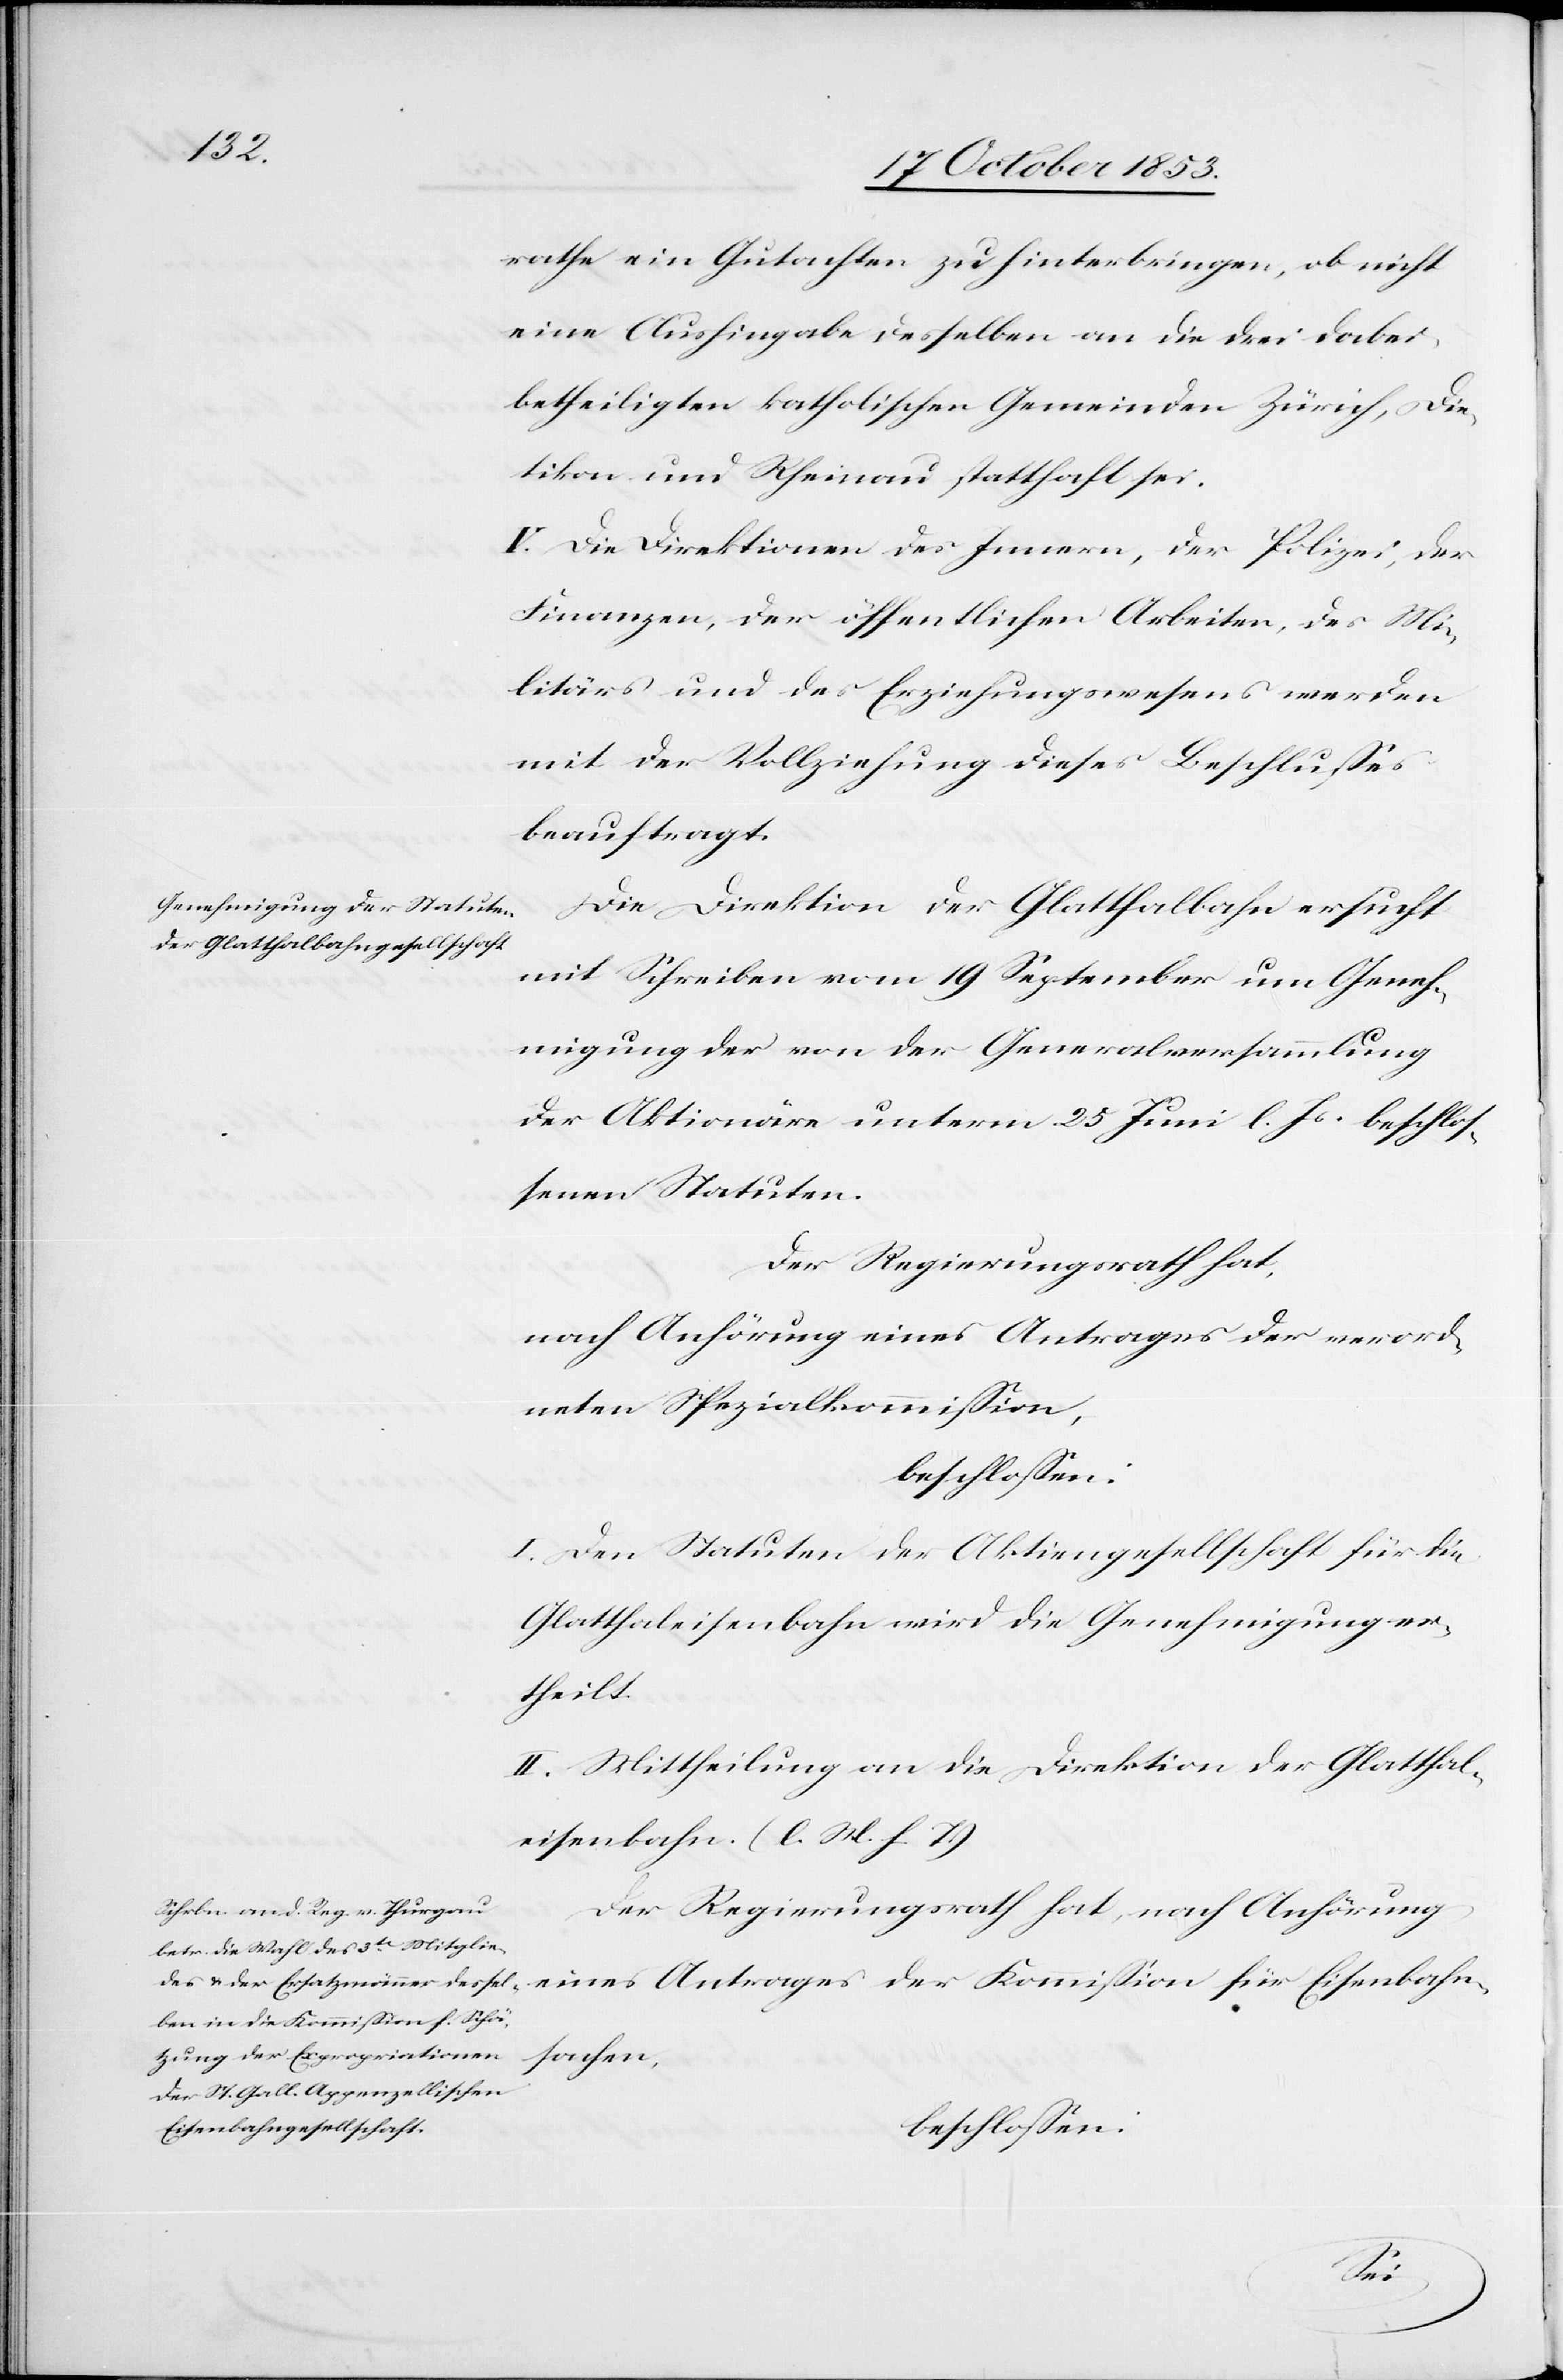
ßion
rathe ein Gutachten zu hinterbringen, ob nicht
eine Aushingabe desselben an die drei dabei
betheiligten katholischen Gemeinden Zürich, Die¬
tikon und Rheinau statthaft sei.
V. Die Direktionen des Innern, der Polizei, der
Finanzen, der öffentlichen Arbeiten, des Mi¬
litärs und des Erziehungswesens werden
mit der Vollziehung dieses Beschlußes
beauftragt.
Die Direktion der Glatthalbahn ersucht
mit Schreiben vom 19 September um Geneh¬
migung der von der Generalversammlung
der Aktionäre unterm 25 Juni l. Js. beschlos¬
senen Statuten.
Der Regierungsrath hat
nach Anhörung eines Antrages der Kommi¬
neten Spezialkommißion,
beschloßen:
I. Den Statuten der Aktiengesellschaft für die
Glatthaleisenbahn wird die Genehmigung er¬
theilt.
II. Mittheilung an die Direktion der Glatthal¬
eisenbahn. [l. M. h. T]